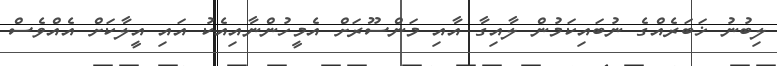
ލިބުނު ޚަބަރެއްގެ ނުބައިކަމުން ލާއިގާ އާއި މަންސޫރަށް އެމީހުންނާއިއެކު އައި އީލާކަށް އެއްވެސް